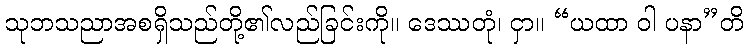
သုဘသညာအစရှိသည်တို့၏လည်ခြင်းကို။ ဒေဿတုံ၊ ငှာ။ “ယထာ ဝါ ပနာ”တိ